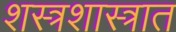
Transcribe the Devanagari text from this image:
शस्त्रशास्त्रात